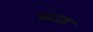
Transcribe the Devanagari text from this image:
साउड